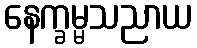
နေက္ခမ္မသညာယ